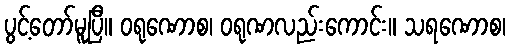
ပွင့်တော်မူပြီ။ ဝရုဏောစ၊ ဝရုဏလည်းကောင်း။ သရဏောစ၊